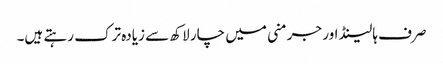
صرف ہالینڈ اور جرمنی میں چار لاکھ سے زیادہ ترک رہتے ہیں۔